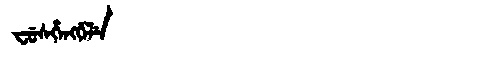
Manchu: ᠸᡠᠰᡥᡝᠩᡤᡝᠯᡝ
Romanization: FUSHENGGELE